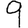
Digit: 9